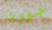
جوون